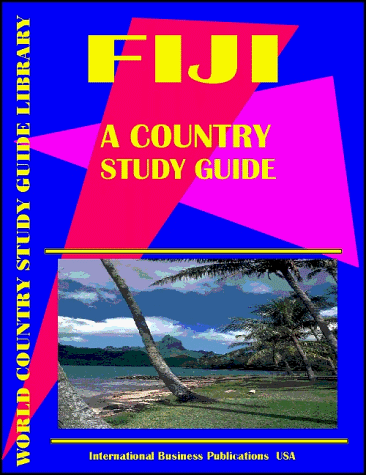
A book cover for Fiji Country Study Guide (World Country Study Guide; USA International Business Publications; Travel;